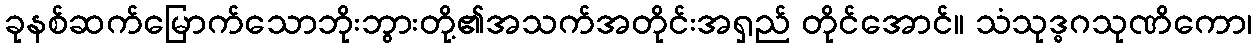
ခုနစ်ဆက်မြောက်သောဘိုးဘွားတို့၏အသက်အတိုင်းအရှည် တိုင်အောင်။ သံသုဒ္ဓဂသုဏိကော၊